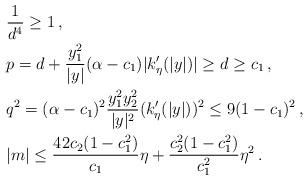
LaTeX: \begin{align*}& \frac{1}{d^4}\geq 1\,,\\& p=d+ \frac{y_1^2}{|y|}(\alpha-c_1)|k'_\eta(|y|)| \geq d \geq c_1\,, \\& q^2 = (\alpha -c_1)^2 \frac{y_1^2 y_2^2}{|y|^2}(k'_\eta(|y|))^2 \leq 9 (1-c_1)^2 \,,\\& |m| \leq \frac{ 42 c_2 (1-c_1^2) }{c_1} \eta + \frac{c_2^2 (1-c_1^2) }{c_1^2}\eta^2\,.\end{align*}